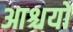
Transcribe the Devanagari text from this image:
आश्चयों